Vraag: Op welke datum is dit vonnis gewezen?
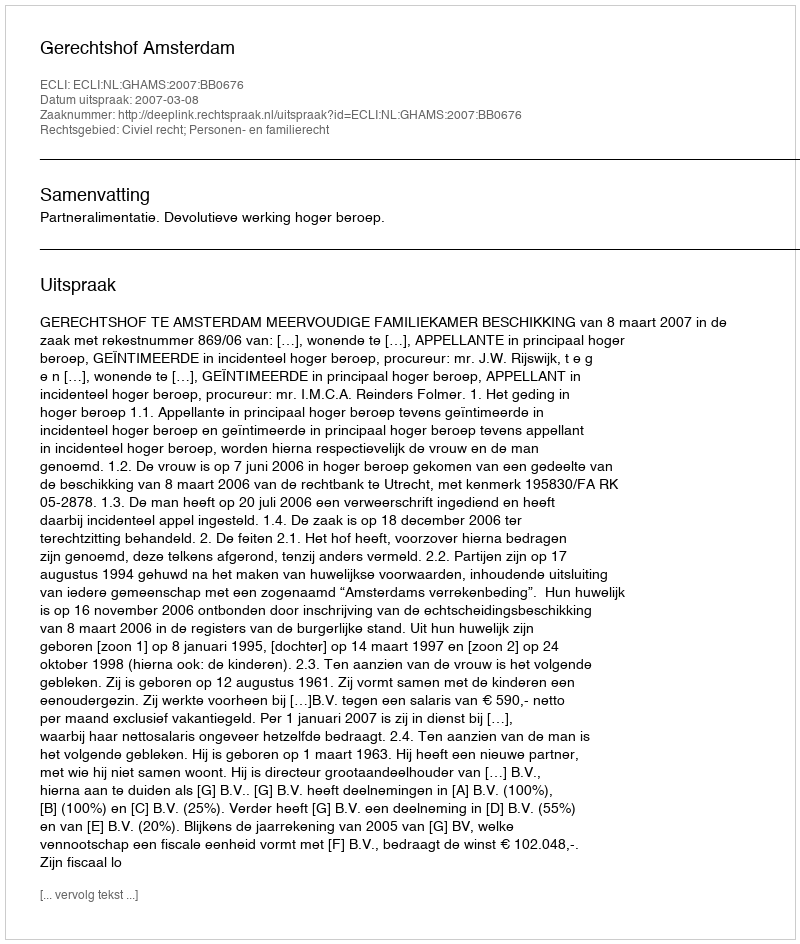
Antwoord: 2007-03-08